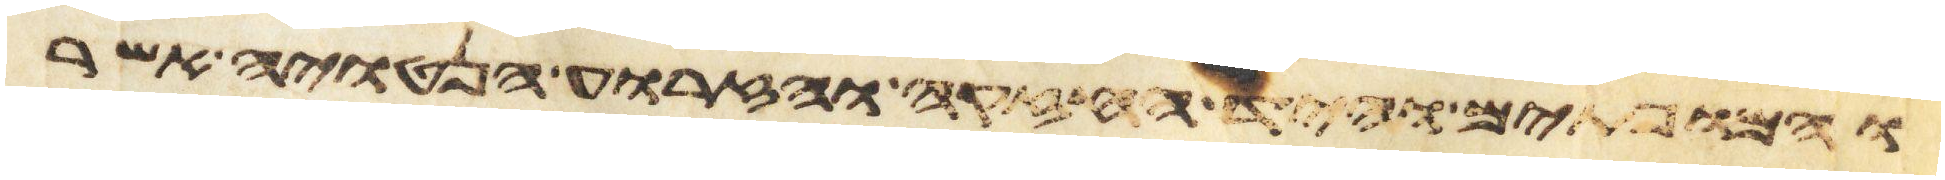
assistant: והמופתים והיד החזקה והזרוע הנטויה אשר